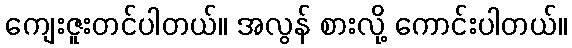
ကျေးဇူးတင်ပါတယ်။ အလွန် စားလို့ ကောင်းပါတယ်။